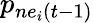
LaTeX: p_{ne_{i}(t-1)}